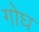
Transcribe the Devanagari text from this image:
गोघ